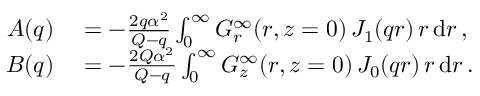
\begin{array} { r l } { A ( q ) } & { { } = - \frac { 2 q \alpha ^ { 2 } } { Q - q } \int _ { 0 } ^ { \infty } G _ { r } ^ { \infty } ( r , z = 0 ) \, J _ { 1 } ( q r ) \, r \, \mathrm { d } r \, , } \\ { B ( q ) } & { { } = - \frac { 2 Q \alpha ^ { 2 } } { Q - q } \int _ { 0 } ^ { \infty } G _ { z } ^ { \infty } ( r , z = 0 ) \, J _ { 0 } ( q r ) \, r \, \mathrm { d } r \, . } \end{array}